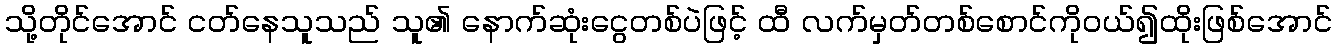
သို့တိုင်အောင် ငတ်နေသူသည် သူ၏ နောက်ဆုံးငွေတစ်ပဲဖြင့် ထီ လက်မှတ်တစ်စောင်ကိုဝယ်၍ထိုးဖြစ်အောင်